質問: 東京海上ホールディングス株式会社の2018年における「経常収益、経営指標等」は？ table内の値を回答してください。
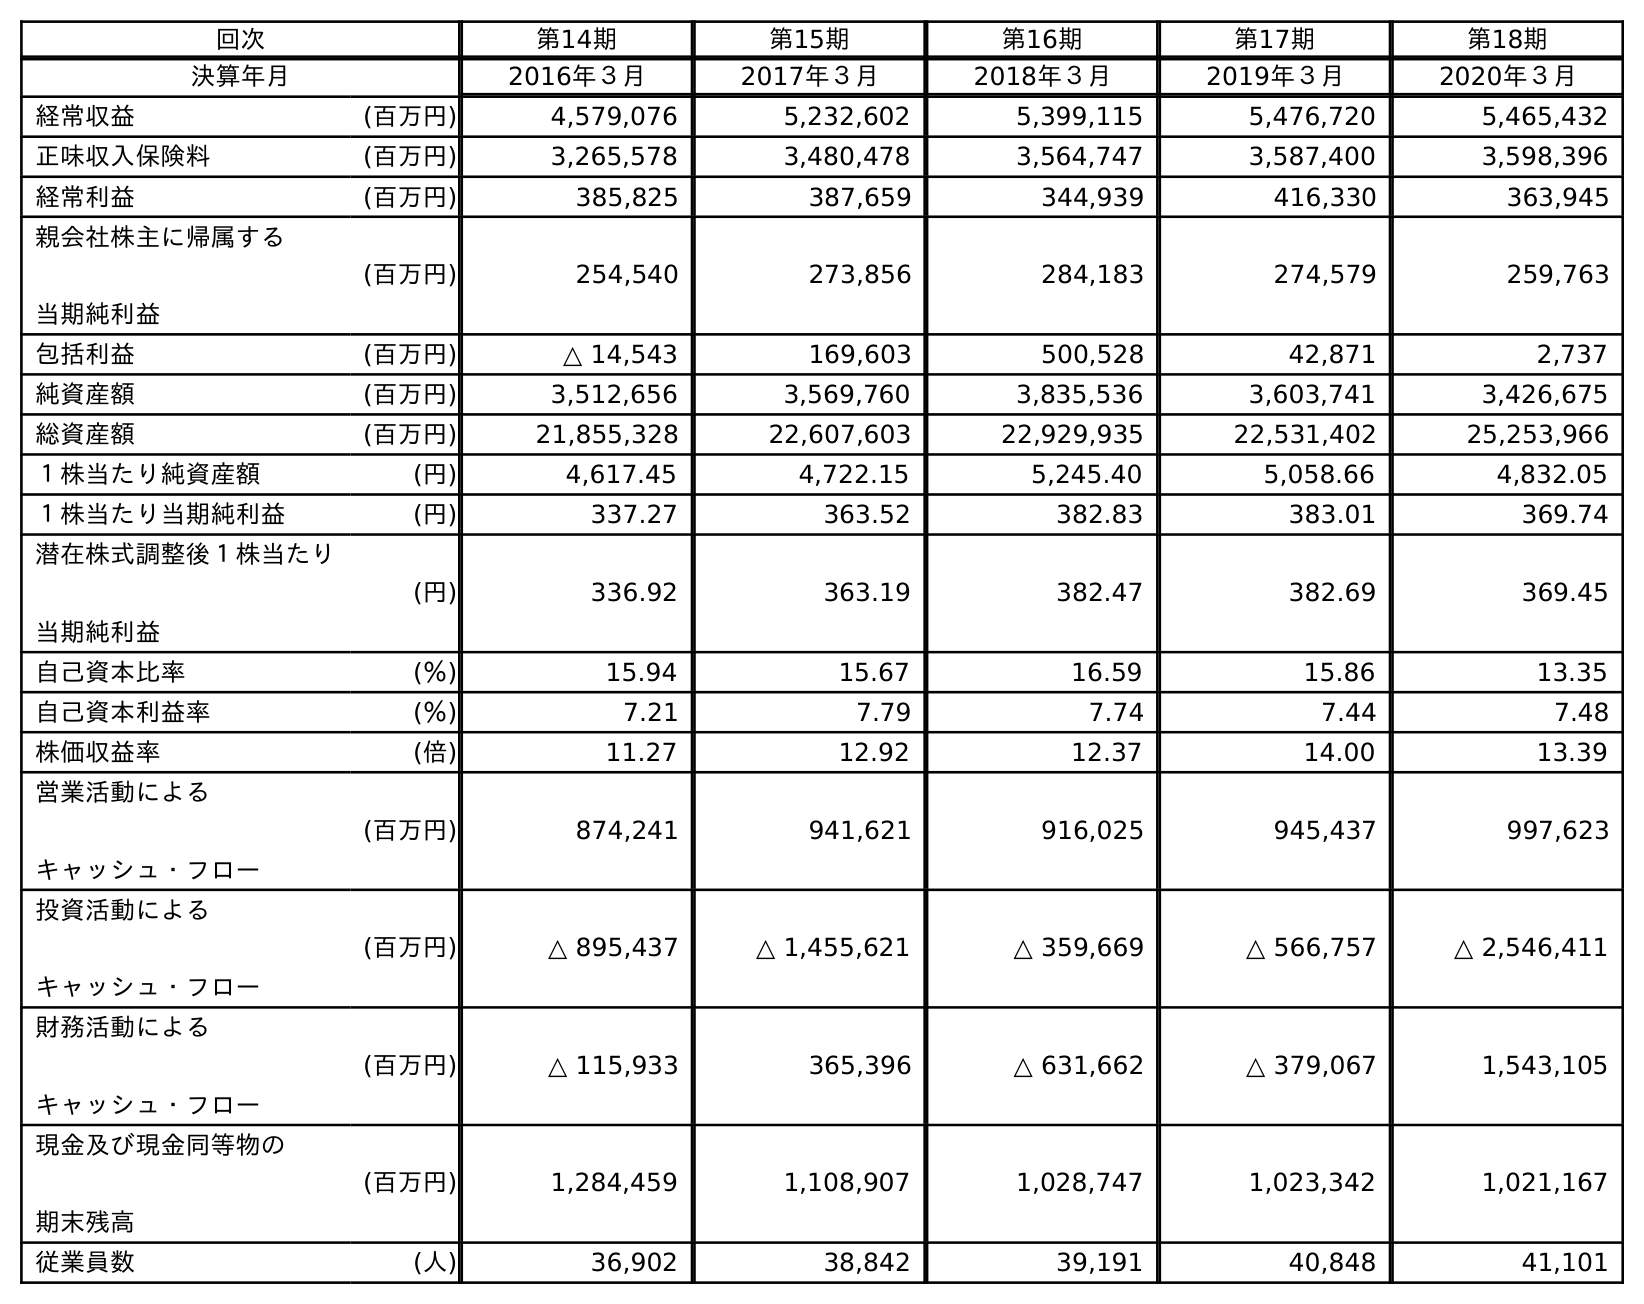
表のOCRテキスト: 回次 第14期 第15期 第16期 第17期 第18期 決算年月 2016年３月 2017年３月 2018年３月 2019年３月 2020年３月 経常収益 (百万円) 4,579,076 5,232,602 5,399,115 5,476,720 5,465,432 正味収入保険料 (百万円) 3,265,578 3,480,478 3,564,747 3,587,400 3,598,396 経常利益 (百万円) 385,825 387,659 344,939 416,330 363,945 親会社株主に帰属する 当期純利益 (百万円) 254,540 273,856 284,183 274,579 259,763 包括利益 (百万円) △ 14,543 169,603 500,528 42,871 2,737 純資産額 (百万円) 3,512,656 3,569,760 3,835,536 3,603,741 3,426,675 総資産額 (百万円) 21,855,328 22,607,603 22,929,935 22,531,402 25,253,966 １株当たり純資産額 (円) 4,617.45 4,722.15 5,245.40 5,058.66 4,832.05 １株当たり当期純利益 (円) 337.27 363.52 382.83 383.01 369.74 潜在株式調整後１株当たり 当期純利益 (円) 336.92 363.19 382.47 382.69 369.45 自己資本比率 (％) 15.94 15.67 16.59 15.86 13.35 自己資本利益率 (％) 7.21 7.79 7.74 7.44 7.48 株価収益率 (倍) 11.27 12.92 12.37 14.00 13.39 営業活動による キャッシュ・フロー (百万円) 874,241 941,621 916,025 945,437 997,623 投資活動による キャッシュ・フロー (百万円) △ 895,437 △ 1,455,621 △ 359,669 △ 566,757 △ 2,546,411 財務活動による キャッシュ・フロー (百万円) △ 115,933 365,396 △ 631,662 △ 379,067 1,543,105 現金及び現金同等物の 期末残高 (百万円) 1,284,459 1,108,907 1,028,747 1,023,342 1,021,167 従業員数 (人) 36,902 38,842 39,191 40,848 41,101
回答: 5,399,115